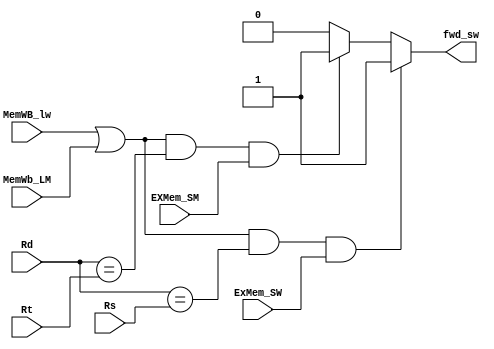
module lwsw_fwd(MemWB_lw,MemWb_LM,ExMem_SW,EXMem_SM,Rd,Rt,Rs,fwd_sw);
	input MemWB_lw,MemWb_LM,ExMem_SW,EXMem_SM;
	input [2:0] Rd,Rt,Rs;
	output reg fwd_sw;
	
	always@(*)
		begin
			if( ( MemWB_lw || MemWb_LM ) && (Rd==Rs) && ExMem_SW)
					fwd_sw = 1'b1;
			else if( ( MemWB_lw || MemWb_LM ) && (Rd==Rt) && EXMem_SM)
					fwd_sw = 1'b1;
			else 
					fwd_sw = 1'b0;
		end

endmodule